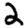
Digit: 2